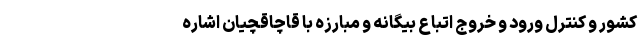
کشور و کنترل ورود و خروج اتباع بیگانه و مبارزه با قاچاقچیان اشاره